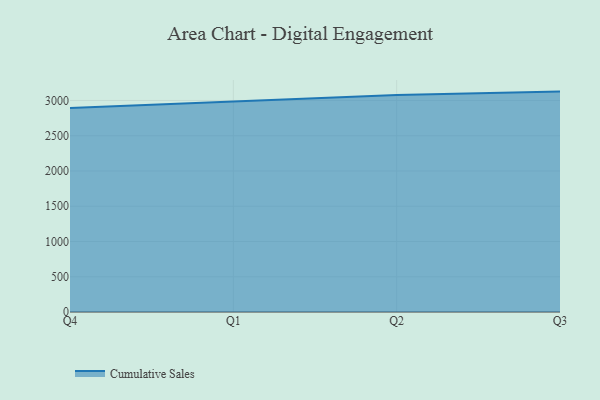
{"axis": {"x": "Quarter", "y": "Page Views"}, "legend": ["Cumulative Sales"], "data": [{"x": "Q4", "y": 2892.6, "type": "Cumulative Sales"}, {"x": "Q1", "y": 2989.2, "type": "Cumulative Sales"}, {"x": "Q2", "y": 3078.4, "type": "Cumulative Sales"}, {"x": "Q3", "y": 3125.9, "type": "Cumulative Sales"}]}